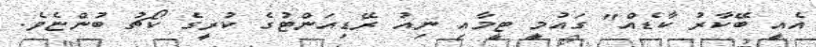
އެއީ ބޭކާރު ކާޑެއް" ގައުމީ ޓީމާއި ނިއު ރޭޑިއަންޓުގެ ކުރީގެ ކޯޗު ބުންޏެވެ.